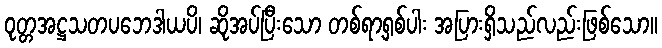
ဝုတ္တအဋ္ဌသတပဘေဒါယပိ၊ ဆိုအပ်ပြီးသော တစ်ရာ့ရှစ်ပါး အပြားရှိသည်လည်းဖြစ်သော။